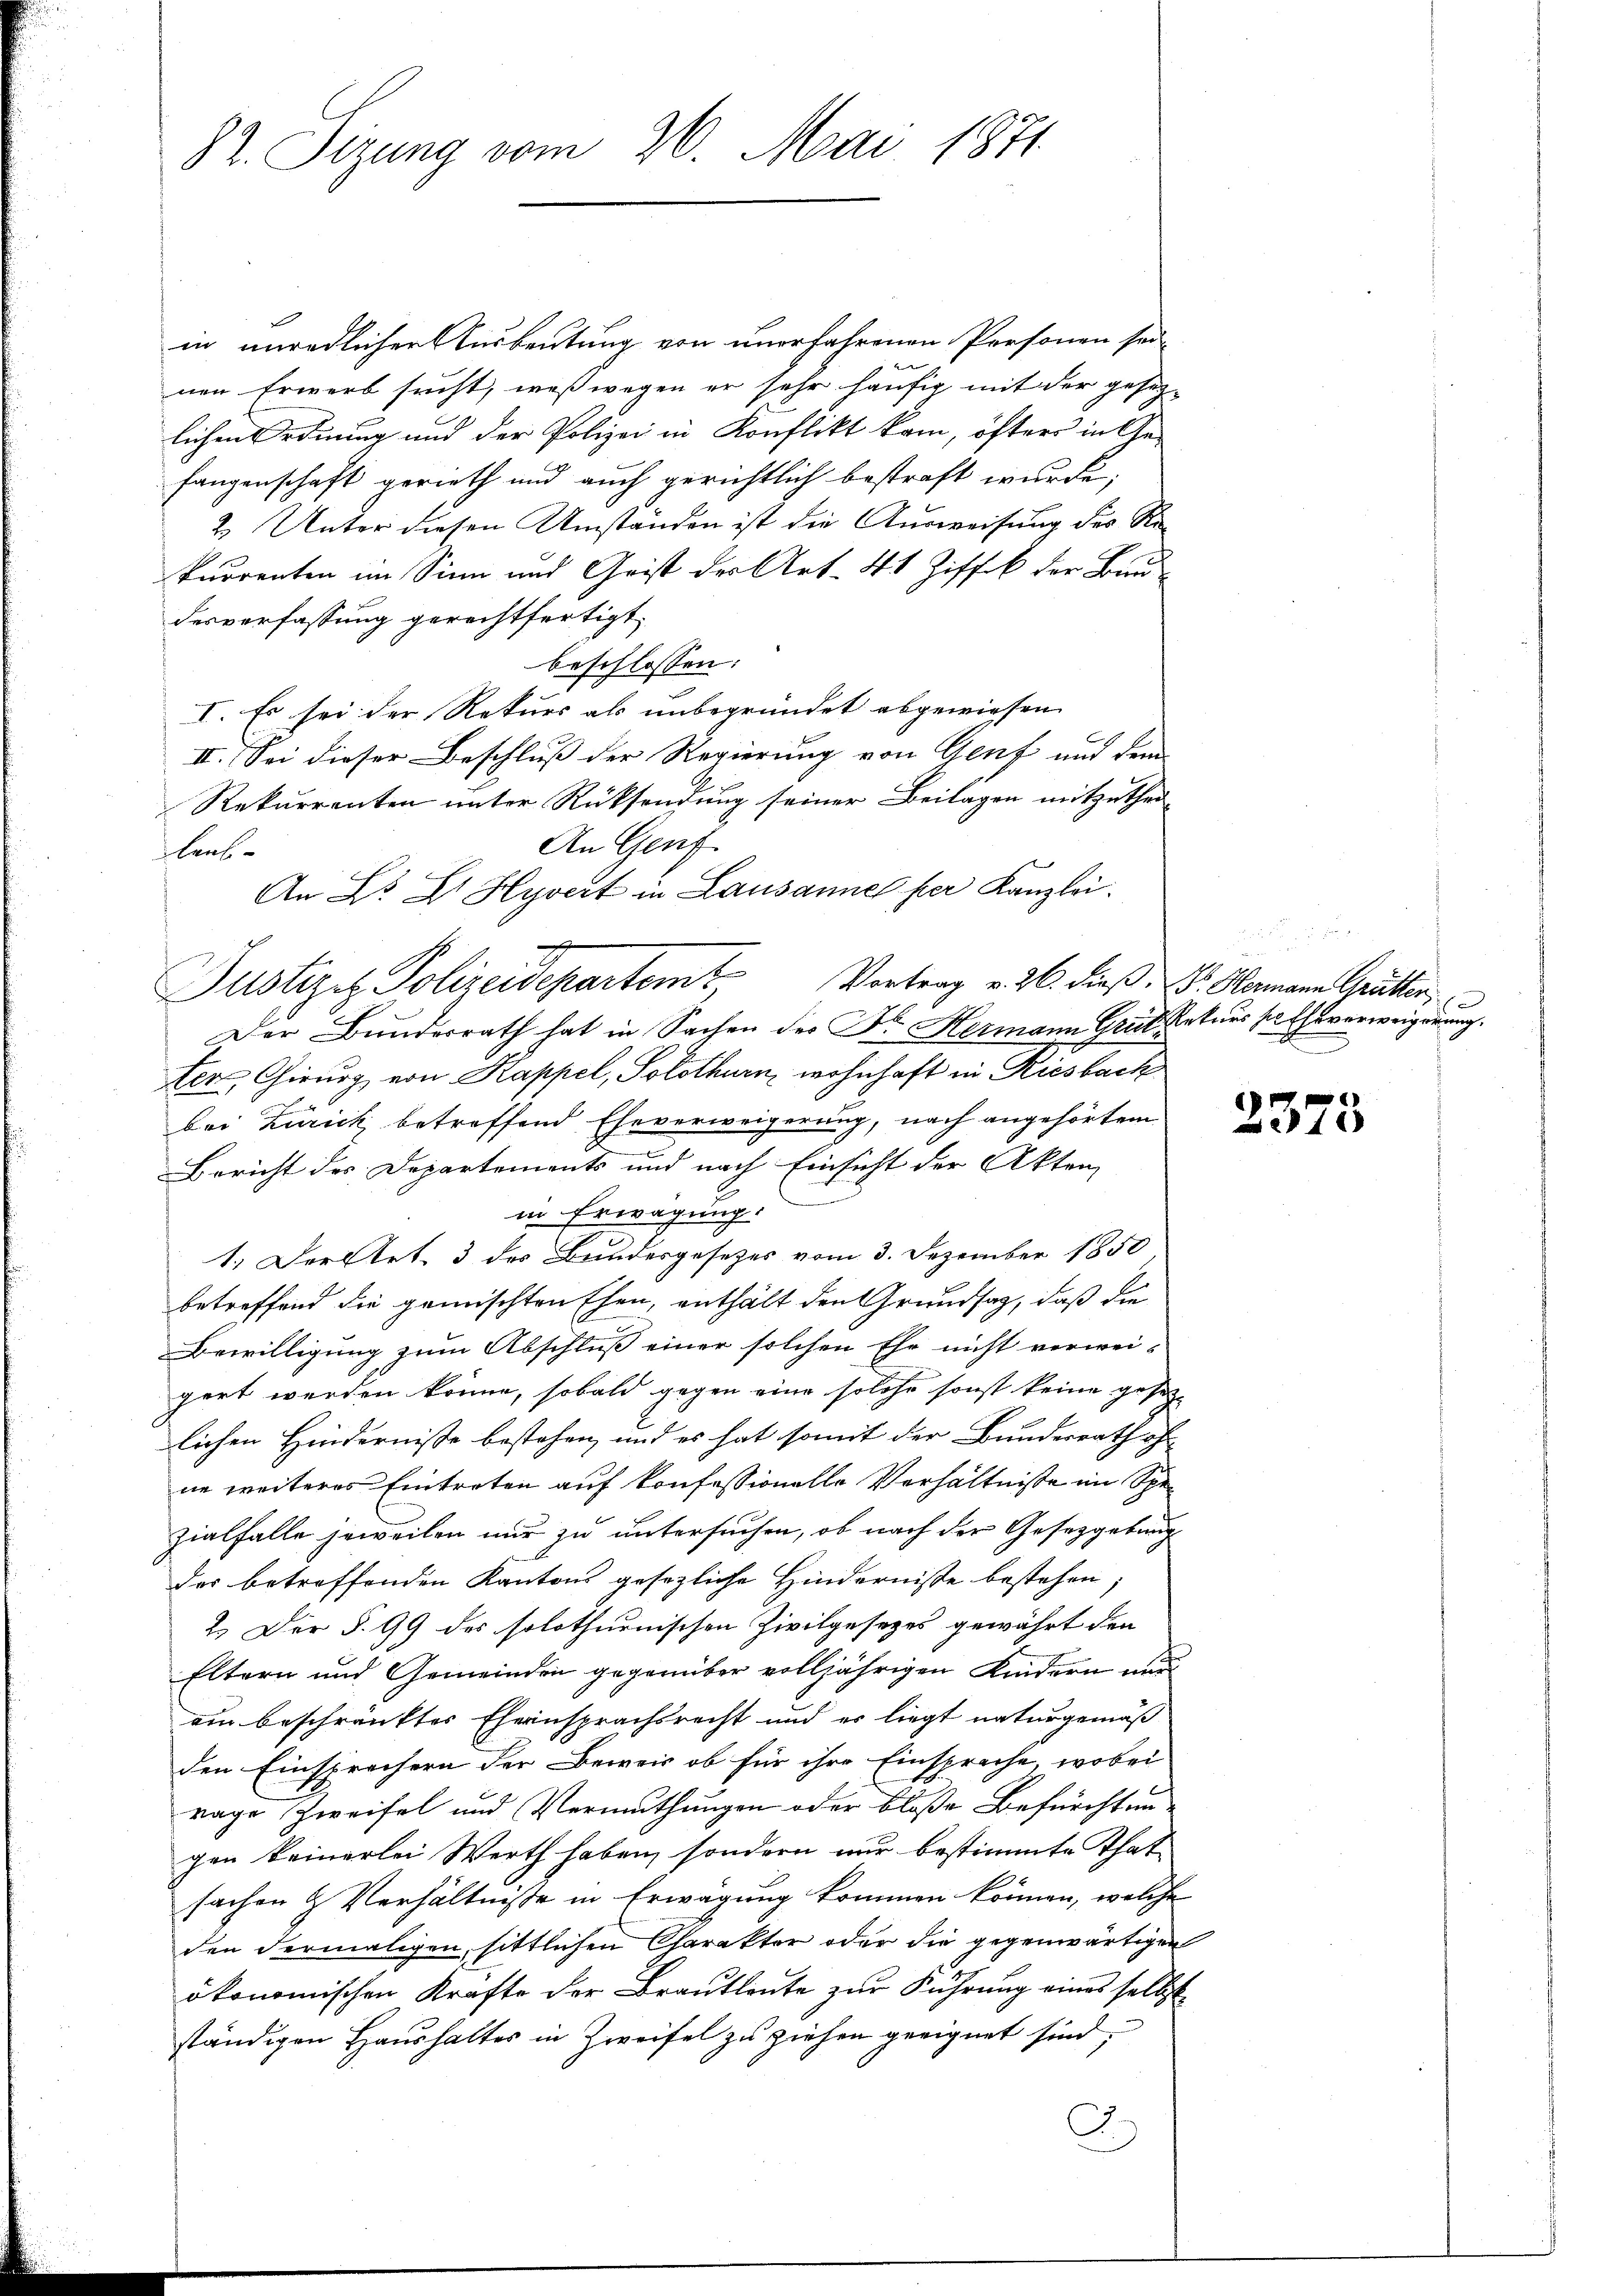
82. Sizung vom 26. Mai 1871

in unredlicher Ausbeutung von unerfahrenen Personen sei-
nen Erwerb sucht, weßwegen er sehr häufig mit der gesezlichen Ordnung und der Polizei in Konflikt kam, öfters in Ge-
fangenschaft gerieth und auch gerichtlich bestraft wurde;
2. Unter diesen Umständen ist die Ausweisung der Rekurrenten im Sinn und Grist der Art. 41 Ziffk der Bund
desverfassung gerechtfertigt,
beschlossen:
I. Es sei der Rekurs als unbegründet abgewiesen
II. Sei dieser Beschluß der Regierung von Genf und dem
Rekurrenten unter Rücksendung seiner Beilagen mitzuthei¬
An Genf
laub-
Der Bunderrath hat in Sachen der Dr. Hermann Grützeturs sathsverweigerung.
ter, Chirurg von Kappel, Solothurn, wohnhaft in Riesbach
bei Zürick betreffend Eheverweigerung, nach angehörtem
Bericht des Departements und nach Einsicht der Akten
in Erwägung.
1.) Derltet. 3 des Bundesgesetzes vom 3. Dezember 1850
betreffend die gemischten Ehen, enthält den Grundsatz, daß die
Bewilligung zum Abschluß einer solchen Ehe nicht verwei-
gert werden könne, sobald gegen eine solche sonst keine gesetz-
lichen Hindernisse bestehen, und es hat somit der Bundesrath oh
ne weiteres Eintreten auf konfessionelle Verhältnisse im Spezialfalle jeweilen nur zu untersuchen, ob nach der Gesetzgebung
der betreffenden Kantons gesezliche Hindernisse bestehen;
2.) Der §. 99 des solothurnischen Zivilgesezes gewährt den
Eltern und Gemeinden gegenüber volljährigen Kindern nur
ein beschränktes Eherinsprachsrecht und es liegt naturgemäß
den Einsprechern der Beweis ob für ihre Einsprache, wobei
rage Zweifel und Vermuthungen oder bloße Befürchtungen keinerlei Werth haben, sondern nur bestimmte That
sachen & Verhältnisse in Erwägung kommen können, welche
den dermaligen, sittlichen Charakter oder die gegenwärtigen
ökonomischen Krafte der Brautleute zur Führung eines selbst
ständigen Haushaltes in Zweifel zu ziehen geeignet sind.
G.

An Dr. Dr. Hyvert in Lausannel per Kanzlei.
Justiziz Polizeidepartem Vortrag v. 26. dieß, V. Hamann Grütter

d
e

2373